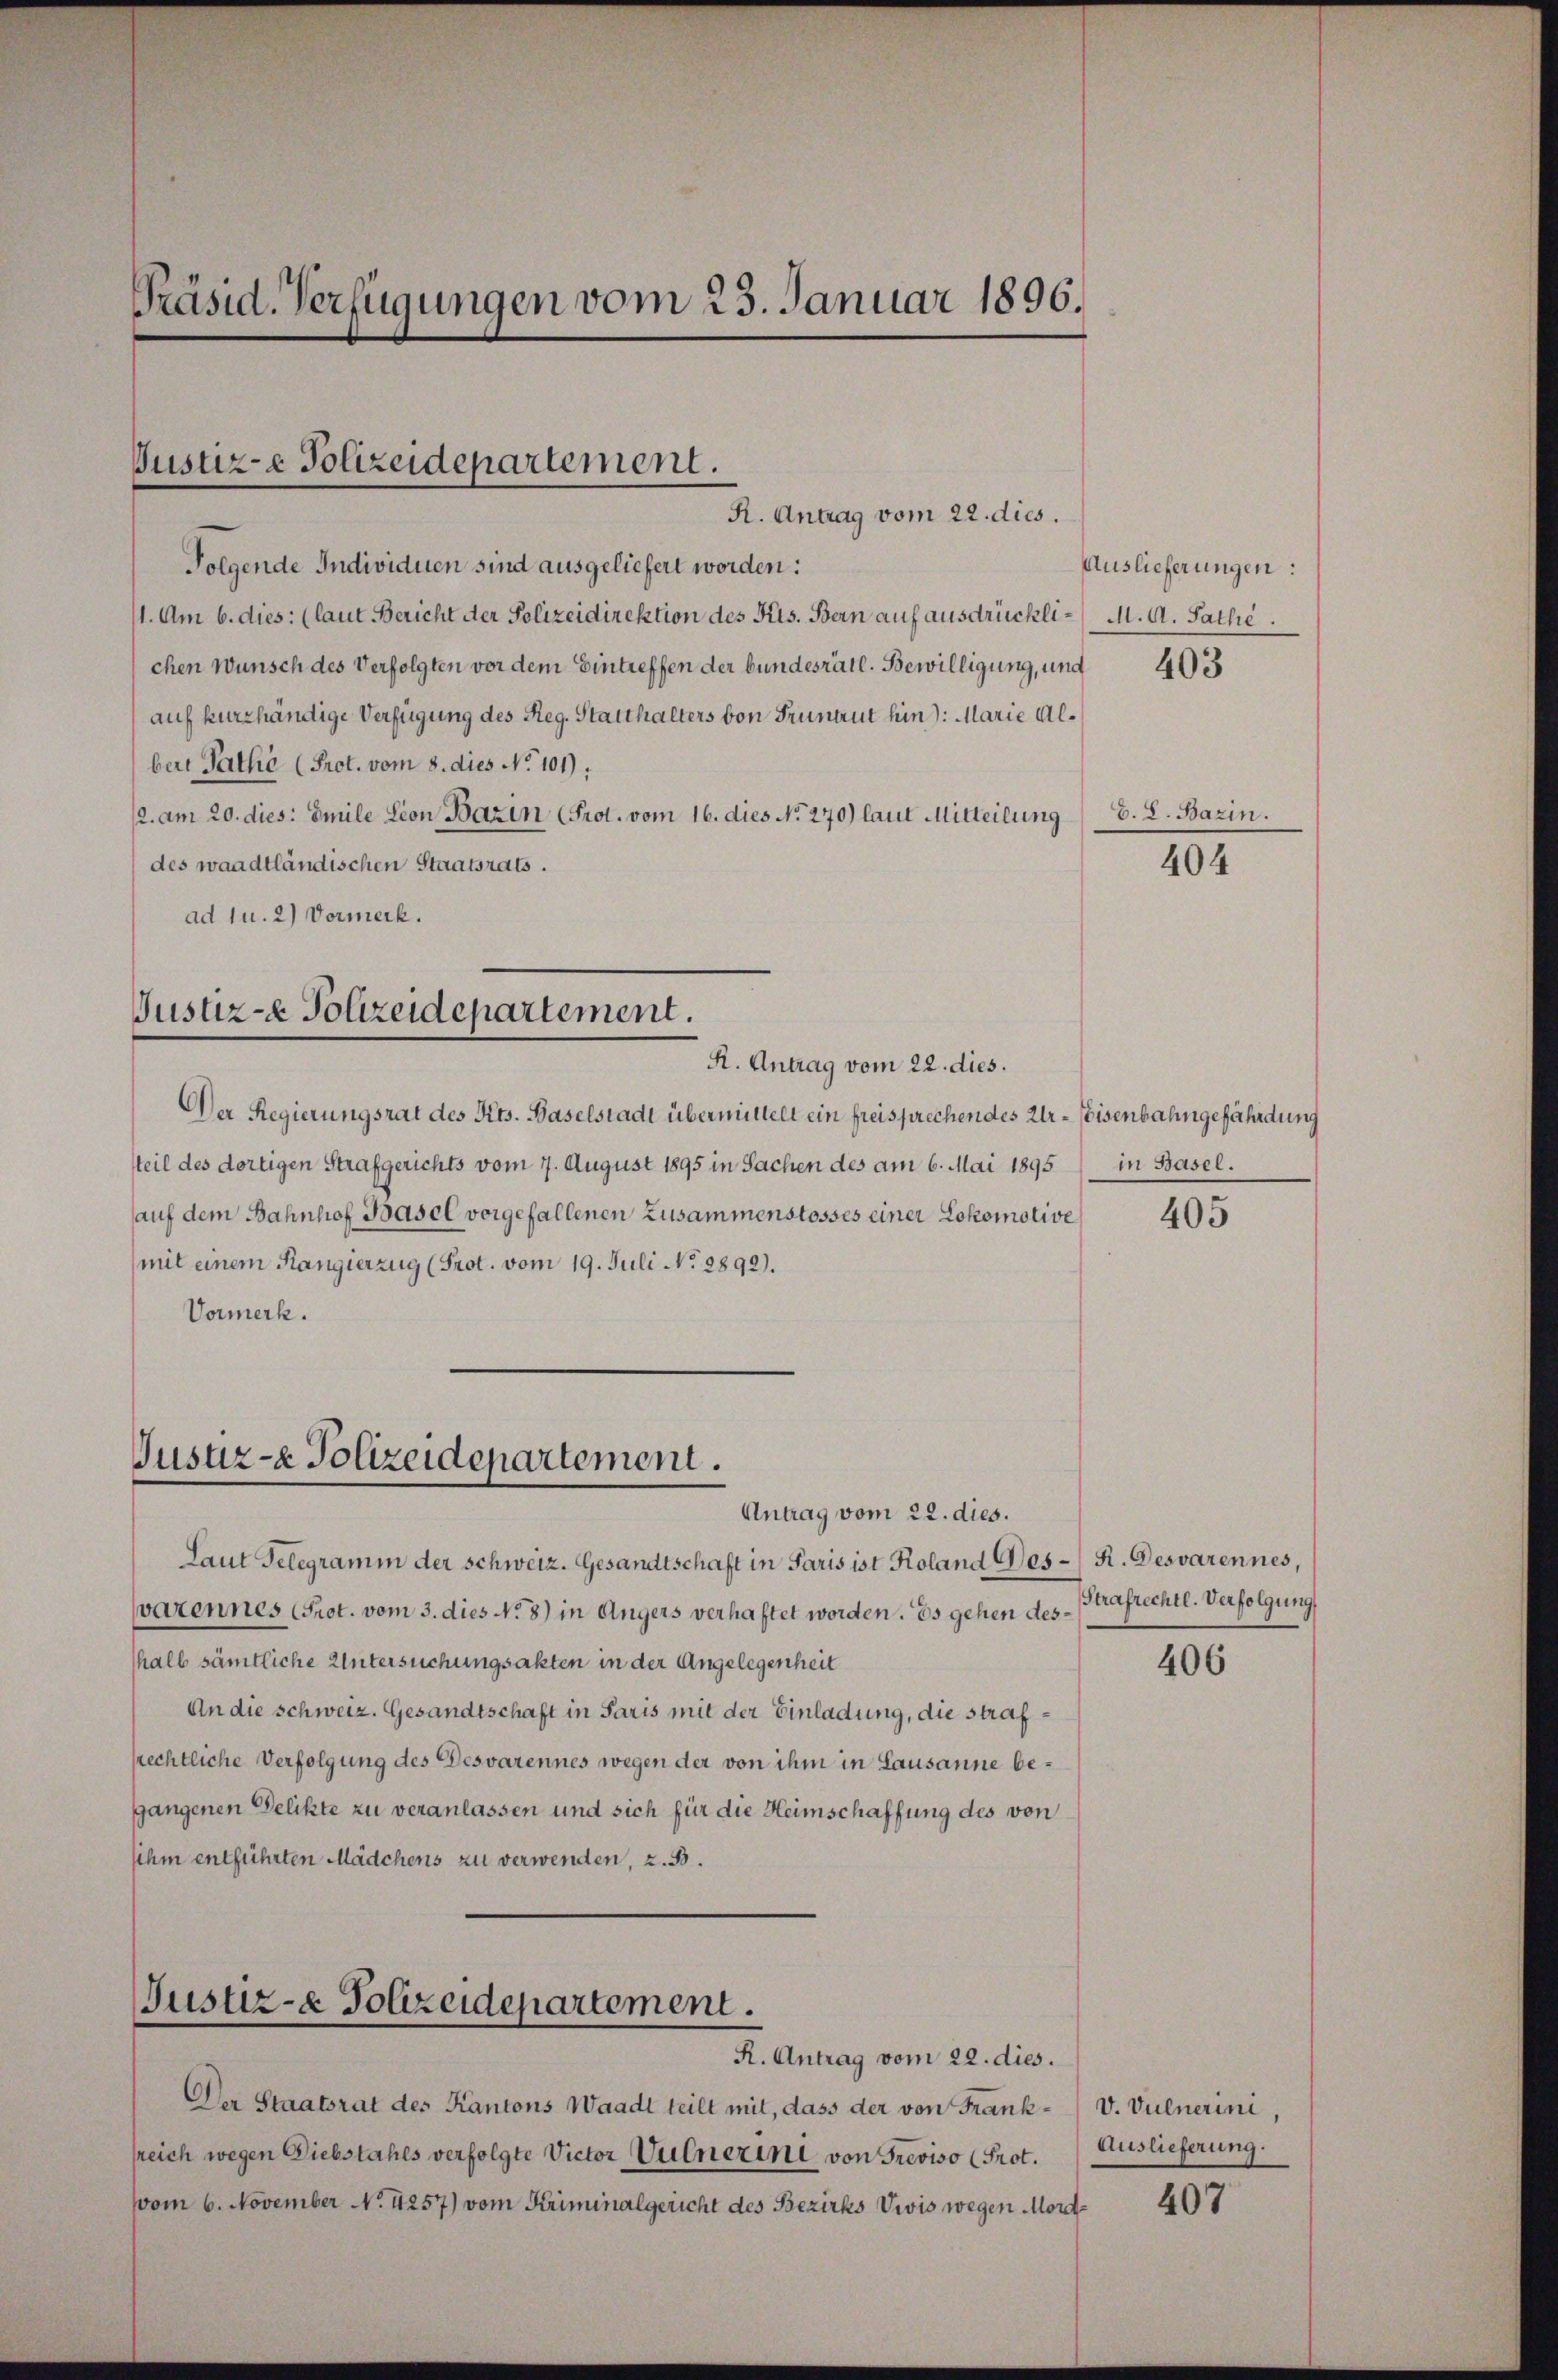
Präsid. Verfügungen vom 23. Januar 1896.

Justiz-e Polizeidepartement.
R. Antrag vom 22. dies.

Folgende Individuen sind ausgeliefert worden:
1. Am 6. dies: (laut Bericht der Polizeidirektion des Kts. Bern auf ausdrückli-M. A. Sache.
chen Wunsch des Verfolgten vor dem Eintreffen der bundesrätl. Bewilligung, und
auf kurzhändige Verfügung des Reg. Statthalters von Frunaut hin: Marie alber Pathe (Prot. vom 8. dies No 101).
2. am 20. dies: Emile Lion Bazin (Prot. vom 16. dies No. 270) laut Mitteilung d. L. Bazin.
des waadtländischen Staatsrats.
ad Ju. 2) Vormerk.

Justiz-e Polizeidepartement.
R. Antrag vom 22. dies.

Justiz- & Polizeidepartement.

Der Regierungsrat des Kts. Baselstadt übermittelt ein freisprechen des Ur- Eisenbahngefährdung
steil des dortigen Strafgerichts vom 7. August 1895 in Sachen des am 6. Mai 1895
auf dem Bahnhof Basel vorgefallenen Zusammenstosses einer Lokomotive
mit einem Rangierzug (Prot. vom 19. Juli No 2892).
Vormerk.

Justiz- & Polizeidepartement.

R. Antrag vom 22. dies.

Der Staatsrat des Kantons Waadt teilt mit, dass der von Frank- V. Vulnerini,
sreich wegen Diebstahls verfolgte Victor Vulnerini von Treviso (Prot.
vom 6. November No. 4257) vom Kriminalgericht des Bezirks Vivis wegen Mord¬

Antrag vom 22. dies.
Laut Telegramm der Schweiz. Gesandtschaft in Paris ist Koland Ges-R. Desvarennes,
varennes Prot. vom 3. dies No. 8) in Angers verhaftet worden. Es gehen deshall sämtliche Untersuchungsakten in der Angelegenheit
An die Schweiz. Gesandtschaft in Paris mit der Einladung, die strafrrechtliche Verfolgung des Desvarennes wegen der von ihm in Lausanne begangenen Delikte zu veranlassen und sich für die Heimschaffung des von
ihm entführten Mädchens zu verwenden, z. B.

Auslieferungen:

in Basel.

Strafrechte. Verfolgung

403

404

405

406

Auslieferung.

407